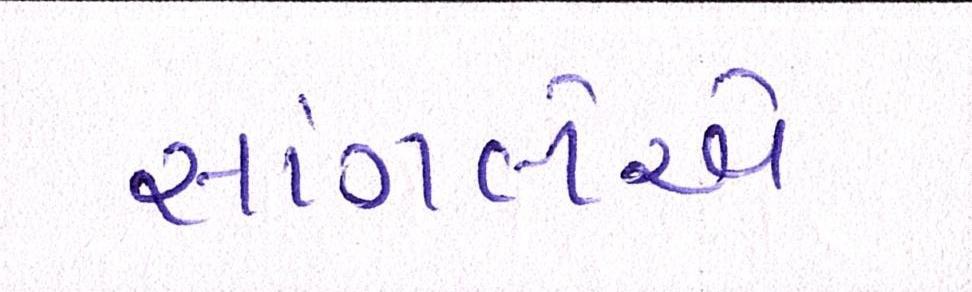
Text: સાંગલેએ